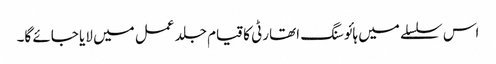
اس سلسلے میں ہائوسنگ اتھارٹی کا قیام جلد عمل میں لایا جائے گا۔